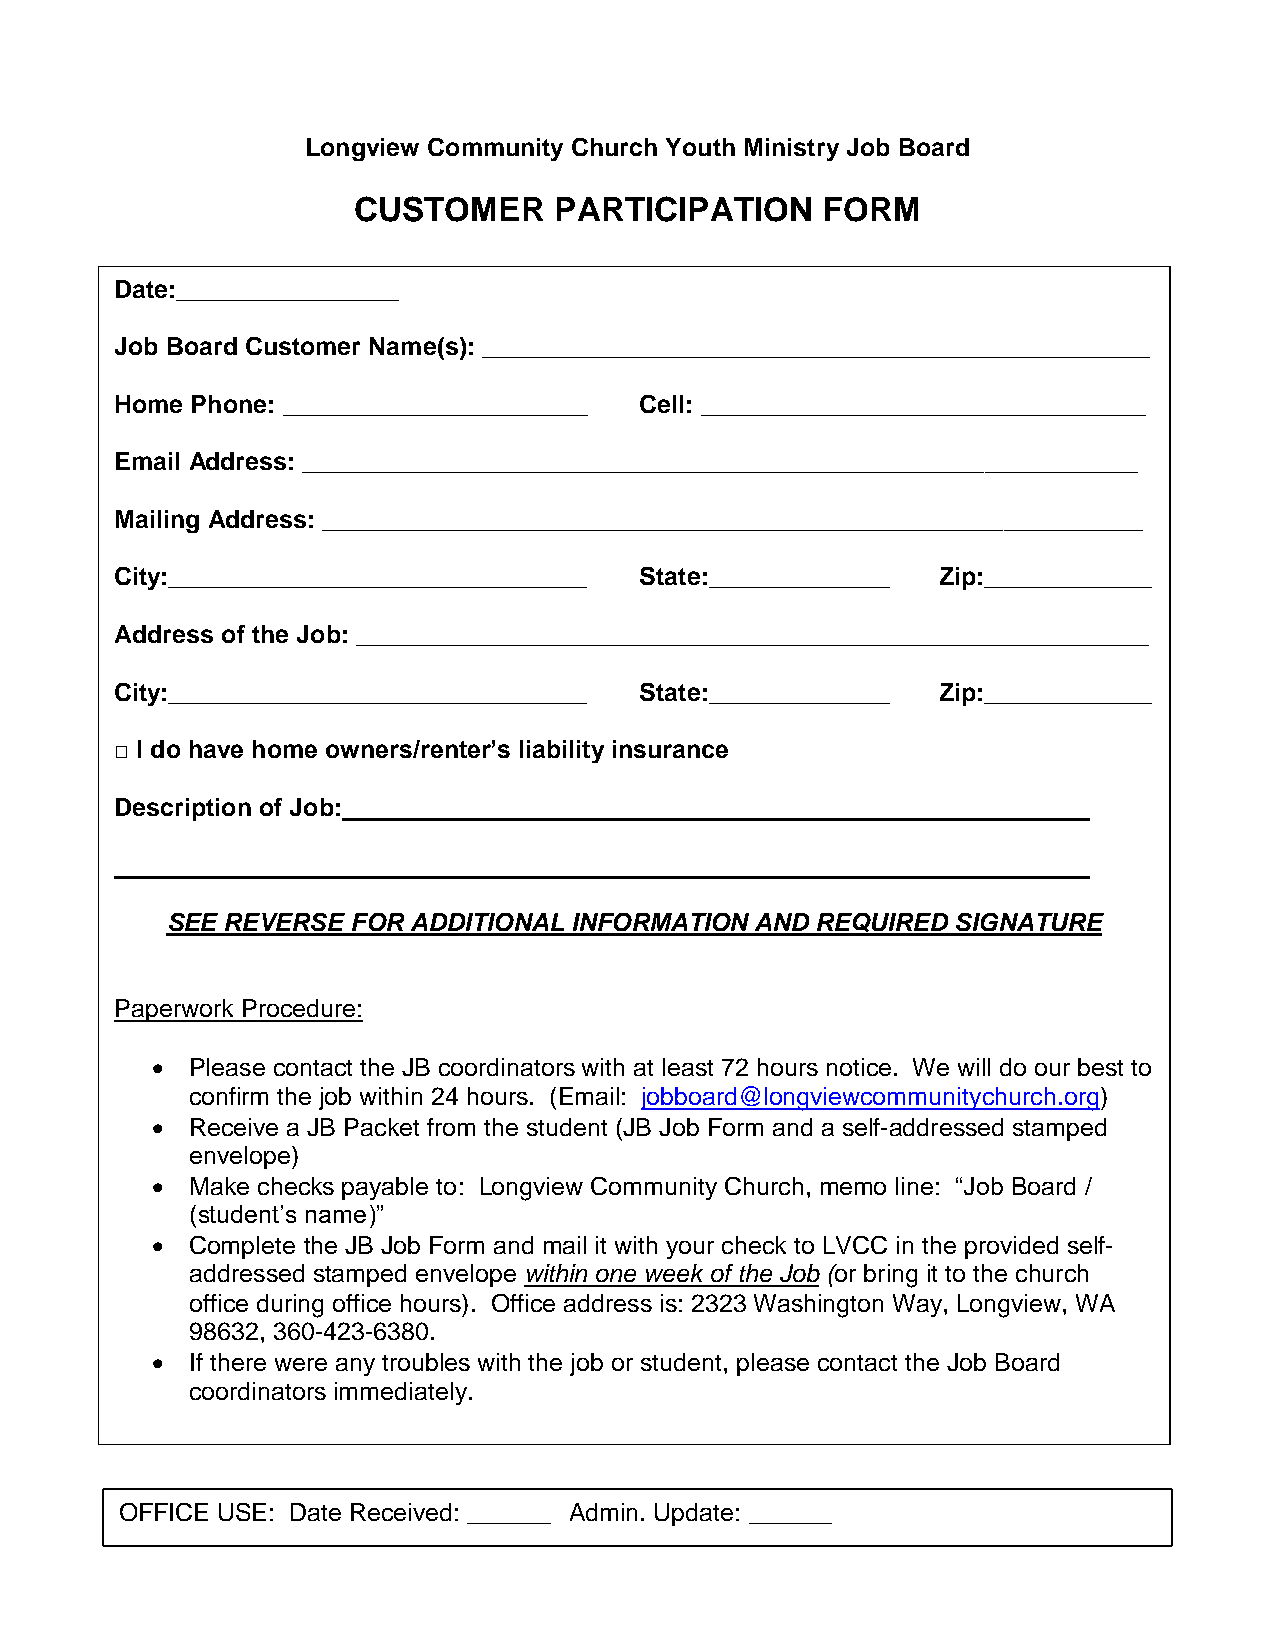
Longview Community Church Youth Ministry Job Board
 CUSTOMER      PARTICIPATION    FORM
 Date:________________
 Job Board Customer Name(s): ________________________________________________
 Home Phone: ______________________ Cell: ________________________________
 Email Address: ____________________________________________________________
 Mailing Address: ___________________________________________________________
 City:______________________________ State:_____________ Zip:____________
 Address of the Job: _________________________________________________________
 City:______________________________ State:_____________ Zip:____________
 □ I do have home owners/renter’s liability insurance
 Description of Job:
 SEE REVERSE FOR ADDITIONAL INFORMATION AND REQUIRED SIGNATURE
 Paperwork Procedure:
   Please contact the JB coordinators with at least 72 hours notice. We will do our best to
 confirm the job within 24 hours. (Email: jobboard@longviewcommunitychurch.org)
   Receive a JB Packet from the student (JB Job Form and a self-addressed stamped
 envelope)
   Make checks payable to: Longview Community Church, memo line: “Job Board /
 (student’s name)”
   Complete the JB Job Form and mail it with your check to LVCC in the provided self-
 addressed stamped envelope within one week of the Job (or bring it to the church
 office during office hours). Office address is: 2323 Washington Way, Longview, WA
 98632, 360-423-6380.
   If there were any troubles with the job or student, please contact the Job Board
 coordinators immediately.
 OFFICE USE: Date Received: ______ Admin. Update: ______